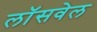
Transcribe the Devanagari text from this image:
लॉसवेल